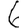
Digit: 6